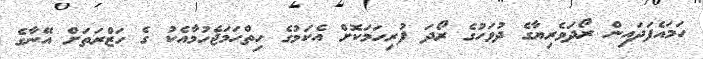
ހަމައެފަދައިން ރޯދަވެރިޔާގެ ދުވަހުގެ ރޯދަ ފުރިހަމަކޮށް އެކަމުގެ ހިތްހަމަޖެހުމާއެކު ގެ ހަޒްރަތަށް އޭނާގެ